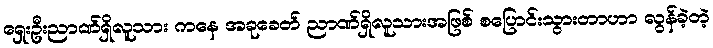
ရှေးဦးညာဏ်ရှိလူသား ကနေ အခုခေတ် ညာဏ်ရှိလူသားအဖြစ် စပြောင်းသွားတာဟာ လွန်ခဲ့တဲ့